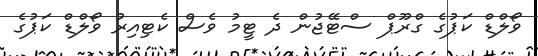
ވޯލްޑް ކަޕުގެ ގްރޫޕް ސްޓޭޖުން ދެ ޓީމު ވެސް ކެޓިއިރު ވޯލްޑް ކަޕުގެ